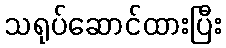
သရုပ်ဆောင်ထားပြီး